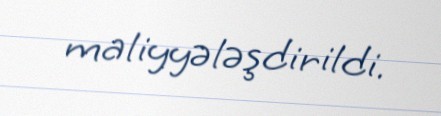
maliyyələşdirildi.